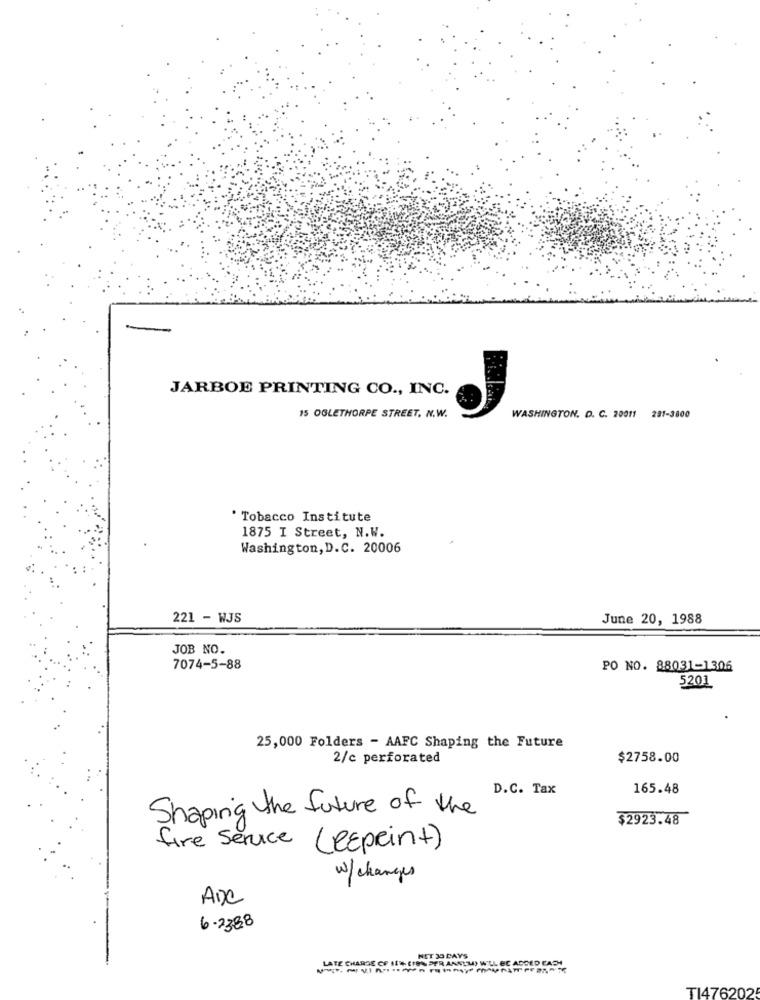
JARBOE PRINTING CO ., INC.
15 OGLETHORPE STREET, N.W.
WASHINGTON, D. C. 20011 281-3800
' Tobacco Institute
1875 I Street, N.W.
Washington, D.C. 20006
221 - WJS
June 20, 1988
JOB NO.
7074-5-88
PO NO. 88031-1306
5201
25,000 Folders - AAFC Shaping the Future
2/c perforated
$2758.00
D.C. Tax
165.48
Shaping the future of the
$2923.48
fire Service (REpeint)
w/ changes
ADC
6-2388
LATE CHARDE CF 114 (19% PER ANNUM) WILL BE ASSED EACH
NET 30 DAYS
TI4762025